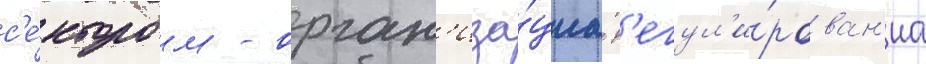
с'е́ктором - орган'иза́циа р'егул'и́рован'иа